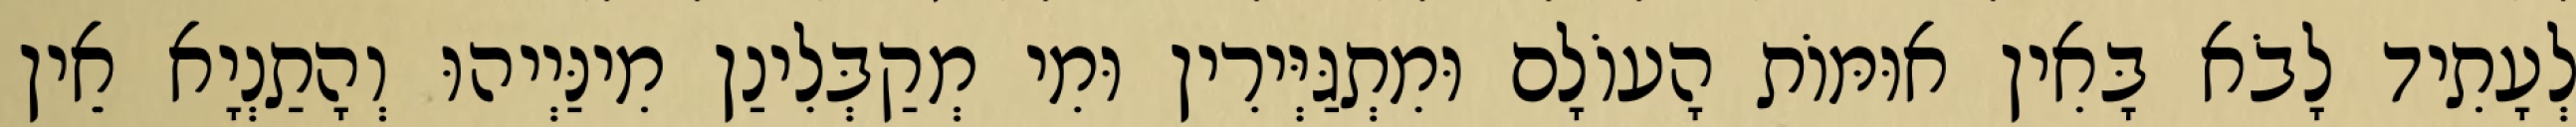
לְעָתִיד לָבֹא בָּאִין אוּמּוֹת הָעוֹלָם וּמִתְגַּיְּירִין וּמִי מְקַבְּלִינַן מִינַּיְיהוּ וְהָתַנְיָא אֵין